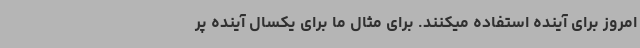
امروز برای آینده استفاده میکنند. برای مثال ما برای یکسال آینده پر